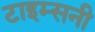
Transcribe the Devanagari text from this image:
टाइम्सनी